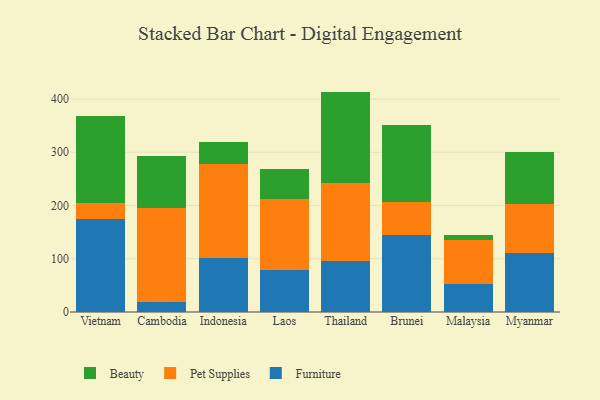
{"axis": {"x": "Country", "y": "Shipments"}, "legend": ["Beauty", "Furniture", "Pet Supplies"], "data": [{"x": "Vietnam", "y": 174.6, "type": "Furniture"}, {"x": "Vietnam", "y": 29.5, "type": "Pet Supplies"}, {"x": "Vietnam", "y": 163.3, "type": "Beauty"}, {"x": "Cambodia", "y": 19.1, "type": "Furniture"}, {"x": "Cambodia", "y": 175.8, "type": "Pet Supplies"}, {"x": "Cambodia", "y": 97.7, "type": "Beauty"}, {"x": "Indonesia", "y": 102.1, "type": "Furniture"}, {"x": "Indonesia", "y": 176.7, "type": "Pet Supplies"}, {"x": "Indonesia", "y": 40.8, "type": "Beauty"}, {"x": "Laos", "y": 78.7, "type": "Furniture"}, {"x": "Laos", "y": 134.1, "type": "Pet Supplies"}, {"x": "Laos", "y": 56.1, "type": "Beauty"}, {"x": "Thailand", "y": 95.2, "type": "Furniture"}, {"x": "Thailand", "y": 146.4, "type": "Pet Supplies"}, {"x": "Thailand", "y": 172.4, "type": "Beauty"}, {"x": "Brunei", "y": 144.0, "type": "Furniture"}, {"x": "Brunei", "y": 63.0, "type": "Pet Supplies"}, {"x": "Brunei", "y": 144.5, "type": "Beauty"}, {"x": "Malaysia", "y": 52.4, "type": "Furniture"}, {"x": "Malaysia", "y": 82.0, "type": "Pet Supplies"}, {"x": "Malaysia", "y": 11.0, "type": "Beauty"}, {"x": "Myanmar", "y": 110.0, "type": "Furniture"}, {"x": "Myanmar", "y": 92.7, "type": "Pet Supplies"}, {"x": "Myanmar", "y": 97.6, "type": "Beauty"}]}